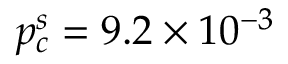
p _ { c } ^ { s } = 9 . 2 \times 1 0 ^ { - 3 }